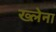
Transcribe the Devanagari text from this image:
ख्लेना